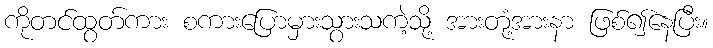
ကိုတင်ထွတ်ကား စကားပြောမှားသွားသကဲ့သို့ အားတုံ့အားနာ ဖြစ်၍နေပြီး။